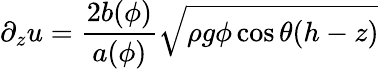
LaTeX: \partial_{z}u=\frac{2b(\phi)}{a(\phi)}\sqrt{\rho g\phi\cos\theta(h-z)}